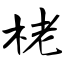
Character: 栳